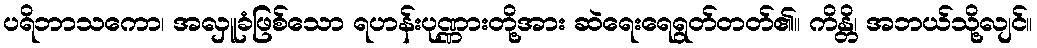
ပရိဘာသကော၊ အလှူခံဖြစ်သော ရဟန်းပုဏ္ဏားတို့အား ဆဲရေးရေရွတ်တတ်၏။ ကိန္တိ၊ အဘယ်သို့လျင်။